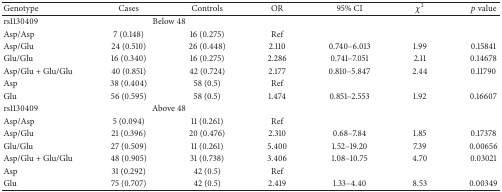
<table><thead><tr><td><b>Genotype</b></td><td><b>Cases </b></td><td><b>Controls</b></td><td><b>OR </b></td><td><b>95% CI</b></td><td><b><i>χ</i><sup>2</sup></b></td><td><b><i>p</i> value</b></td></tr></thead><tbody><tr><td>rs1130409</td><td colspan="2">Below 48</td><td>[EMPTY_CELL]</td><td>[EMPTY_CELL]</td><td>[EMPTY_CELL]</td><td>[EMPTY_CELL]</td></tr><tr><td>Asp/Asp</td><td>7 (0.148)</td><td>16 (0.275)</td><td>Ref</td><td>[EMPTY_CELL]</td><td>[EMPTY_CELL]</td><td>[EMPTY_CELL]</td></tr><tr><td>Asp/Glu</td><td>24 (0.510)</td><td>26 (0.448)</td><td>2.110</td><td>0.740–6.013</td><td>1.99</td><td>0.15841</td></tr><tr><td>Glu/Glu</td><td>16 (0.340)</td><td>16 (0.275)</td><td>2.286</td><td>0.741–7.051</td><td>2.11</td><td>0.14678</td></tr><tr><td>Asp/Glu + Glu/Glu</td><td>40 (0.851)</td><td>42 (0.724)</td><td>2.177</td><td>0.810–5.847</td><td>2.44</td><td>0.11790</td></tr><tr><td>Asp</td><td>38 (0.404)</td><td>58 (0.5)</td><td>Ref</td><td>[EMPTY_CELL]</td><td>[EMPTY_CELL]</td><td>[EMPTY_CELL]</td></tr><tr><td>Glu</td><td>56 (0.595)</td><td>58 (0.5)</td><td>1.474</td><td>0.851–2.553</td><td>1.92</td><td>0.16607</td></tr><tr><td>rs1130409</td><td colspan="2">Above 48</td><td>[EMPTY_CELL]</td><td>[EMPTY_CELL]</td><td>[EMPTY_CELL]</td><td>[EMPTY_CELL]</td></tr><tr><td>Asp/Asp</td><td>5 (0.094)</td><td>11 (0.261)</td><td>Ref</td><td>[EMPTY_CELL]</td><td>[EMPTY_CELL]</td><td>[EMPTY_CELL]</td></tr><tr><td>Asp/Glu</td><td>21 (0.396)</td><td>20 (0.476)</td><td>2.310</td><td>0.68–7.84</td><td>1.85</td><td>0.17378</td></tr><tr><td>Glu/Glu</td><td>27 (0.509)</td><td>11 (0.261)</td><td>5.400</td><td>1.52–19.20</td><td>7.39</td><td>0.00656</td></tr><tr><td>Asp/Glu + Glu/Glu</td><td>48 (0.905)</td><td>31 (0.738)</td><td>3.406</td><td>1.08–10.75</td><td>4.70</td><td>0.03021</td></tr><tr><td>Asp</td><td>31 (0.292)</td><td>42 (0.5)</td><td>Ref</td><td>[EMPTY_CELL]</td><td>[EMPTY_CELL]</td><td>[EMPTY_CELL]</td></tr><tr><td>Glu</td><td>75 (0.707)</td><td>42 (0.5)</td><td>2.419</td><td>1.33–4.40</td><td>8.53</td><td>0.00349</td></tr></tbody></table>